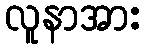
လူနာအား